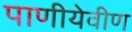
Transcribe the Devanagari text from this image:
पाणीयेवीण